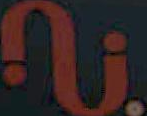
Ե